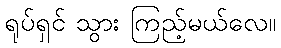
ရုပ်ရှင် သွား ကြည့်မယ်လေ။